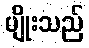
မျိုးသည်